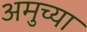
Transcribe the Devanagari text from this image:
अमुच्या